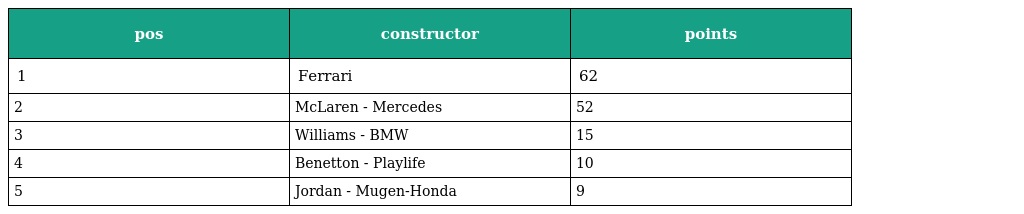
| pos | constructor | points |
 | --- | --- | --- |
 | 1 | Ferrari | 62 |
 | 2 | McLaren - Mercedes | 52 |
 | 3 | Williams - BMW | 15 |
 | 4 | Benetton - Playlife | 10 |
 | 5 | Jordan - Mugen-Honda | 9 |